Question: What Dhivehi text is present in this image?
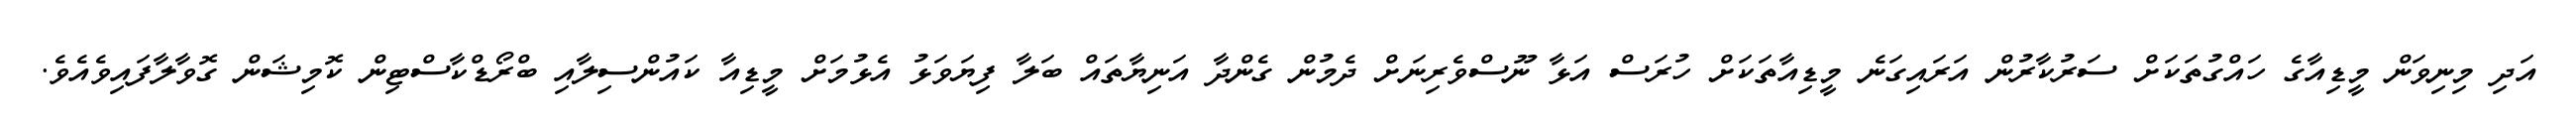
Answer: އަދި މިނިވަން މީޑިއާގެ ހައްގުތަކަށް ސަރުކާރުން އަރައިގަނެ މީޑިއާތަކަށް ހުރަސް އަޅާ ނޫސްވެރިނަށް ދެމުން ގެންދާ އަނިޔާތައް ބަލާ ފިޔަވަޅު އެޅުމަށް މީޑިއާ ކައުންސިލާއި ބްރޯޑްކާސްޓިން ކޮމިޝަން ގޮވާލާފައިވެއެވެ.